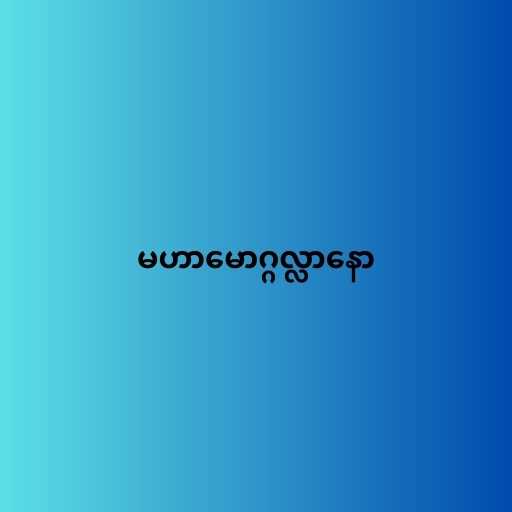
မဟာမောဂ္ဂလ္လာနော